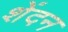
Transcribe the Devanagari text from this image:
शेंदन